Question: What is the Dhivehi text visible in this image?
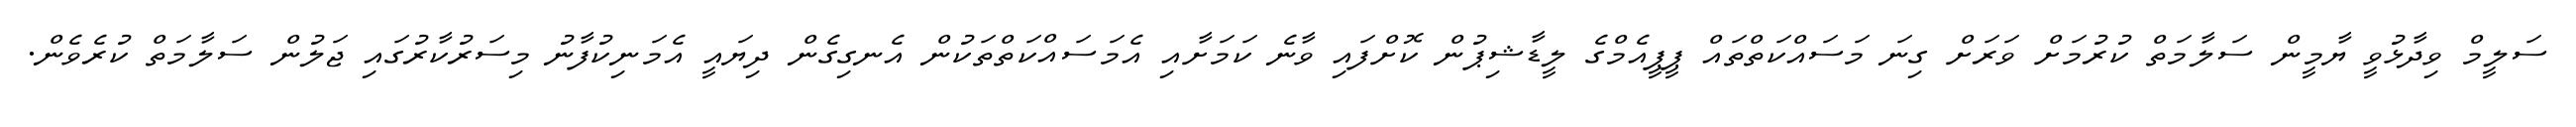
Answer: ސަލީމް ވިދާޅުވީ ޔާމީން ސަލާމަތް ކުރުމަށް ވަރަށް ގިނަ މަސައްކަތްތައް ޕީޕީއެމްގެ ލީޑާޝިޕުން ކޮށްފައި ވާނެ ކަމަށާއި އެމަސައްކަތްތަކުން އެނގިގެން ދިޔައީ އެމަނިކުފާނު މިސަރުކާރުގައި ޖަލުން ސަލާމަތް ކުރެވެން.